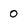
Character: 0